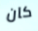
كان